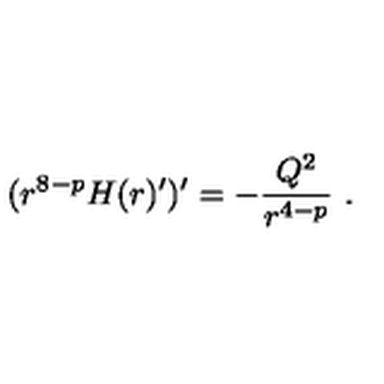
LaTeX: ( r ^ { 8 - p } H ( r ) ^ { \prime } ) ^ { \prime } = - \frac { Q ^ { 2 } } { r ^ { 4 - p } } \ .